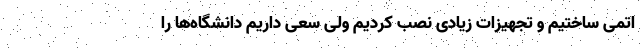
اتمی ساختیم و تجهیزات زیادی نصب کردیم ولی سعی داریم دانشگاه‌ها را